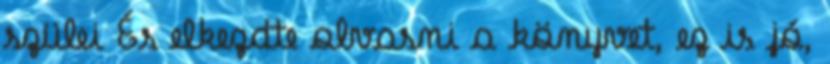
szülei És elkezdte olvasni a könyvet, ez is jó,